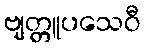
ဗျတ္တူပသေဝီ